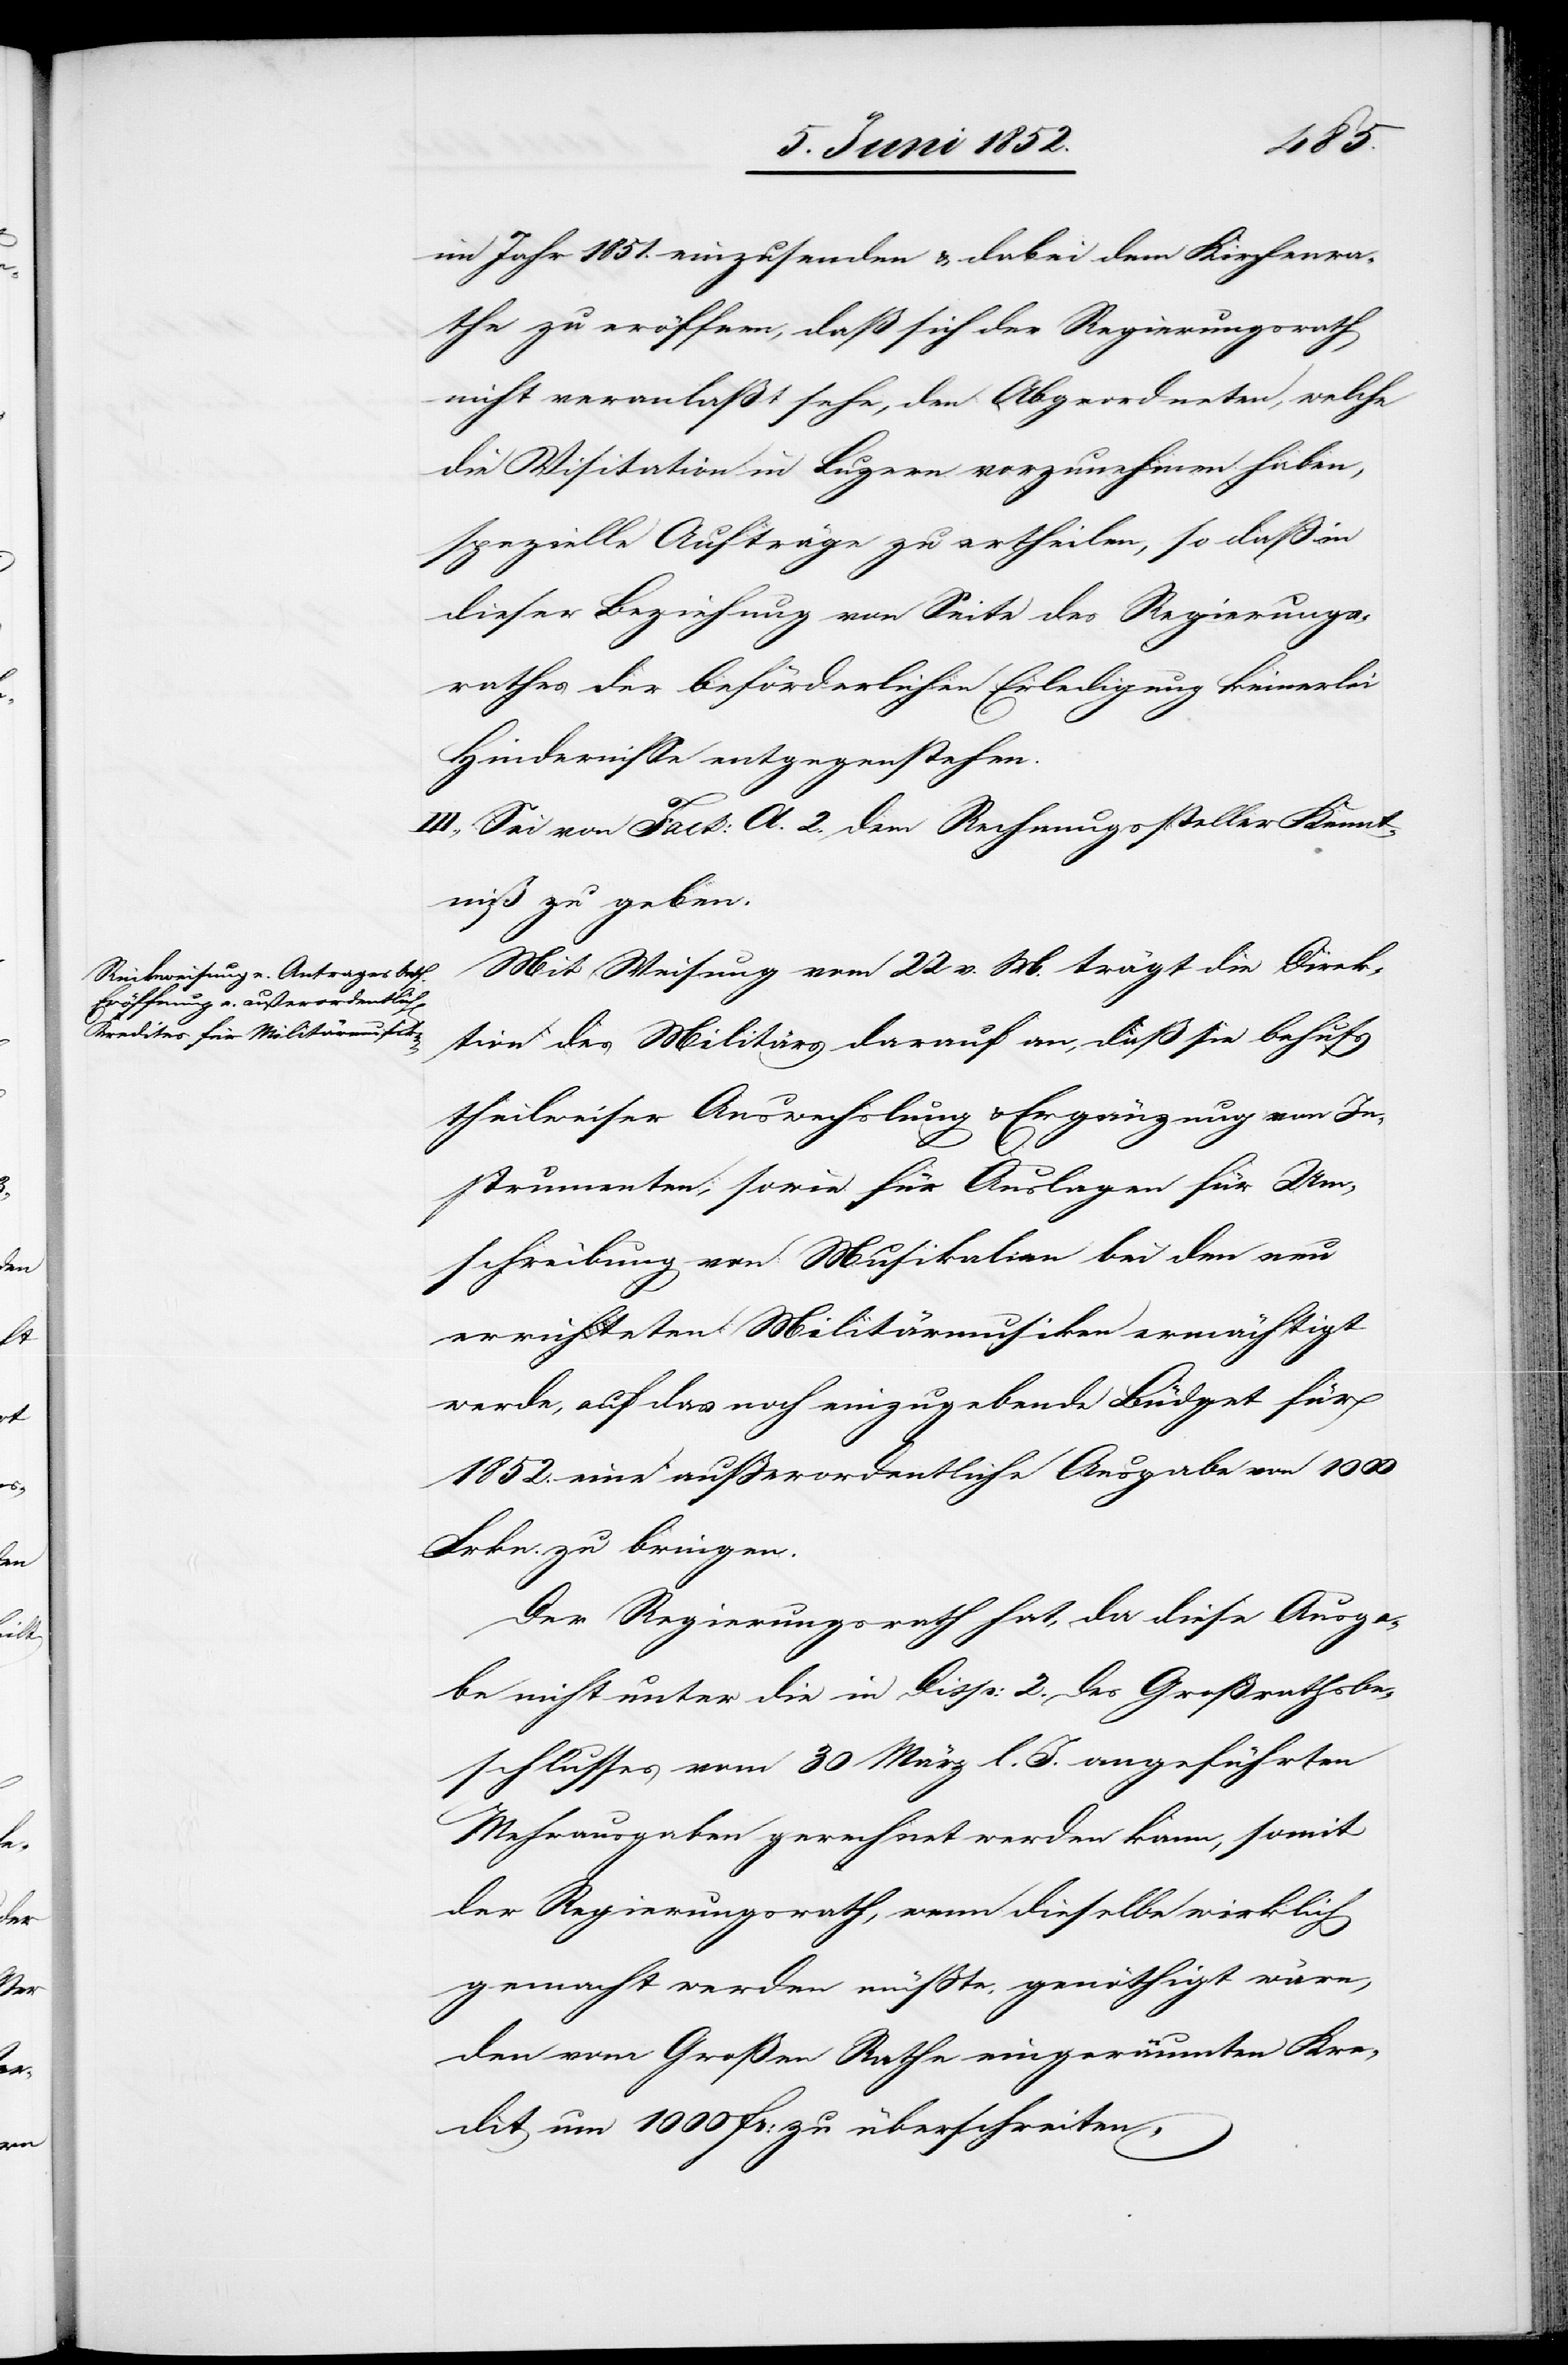
im Jahr 1851. einzusenden & dabei dem Kirchenra¬
the zu eröffnen, daß sich der Regierungsrath
nicht veranlaßt sehe, den Abgeordneten, welche
die Visitation in Luzern vorzunehmen haben,
spezielle Aufträge zu ertheilen, so daß in
dieser Beziehung von Seite des Regierungs¬
rathes der beförderlichen Erledigung keinerlei
Hindernisse entgegenstehen.
III., Sei von Fact: A. 2. dem Rechnungssteller Kennt¬
niß zu geben.
Mit Weisung vom 22 v. M. trägt die Direk¬
tion des Militärs darauf an, daß sie behufs
theilweiser Auswechslung & Ergänzung von In¬
strumenten, sowie für Auslagen für Um¬
schreibung von Musikalien bei den neu
errichteten Militärmusiken ermächtigt
werde, auf das noch einzugebende Büdget für
1852. eine ausserordentliche Ausgabe von 1000
Frkn. zu bringen.
Der Regierungsrath hat, da diese Ausga¬
be nicht unter die in Disp: 2. des Großrathsbe¬
schlusses vom 30 März l. J. angeführten
Mehrausgaben gerechnet werden kann, somit
der Regierungsrath, wenn dieselbe wirklich
gemacht werden müsste, genöthigt wäre,
den vom Großen Rathe eingeräumten Kre¬
dit um 1000 Fr: zu überschreiten,